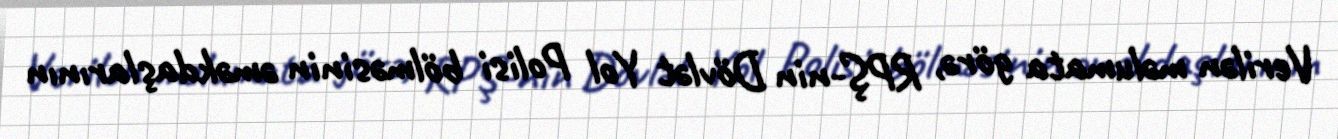
Verilən məlumata görə, RPŞ-nin Dövlət Yol Polisi bölməsinin əməkdaşlarının